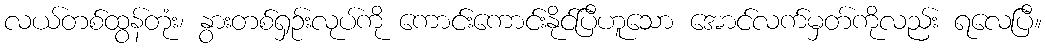
လယ်တစ်ထွန်တုံး၊ နွားတစ်ရှဉ်းလုပ်ကို ကောင်းကောင်းနိုင်ပြီဟူသော အောင်လက်မှတ်ကိုလည်း ရလေပြီ။